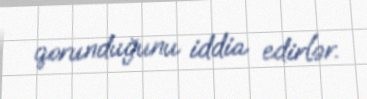
qorunduğunu iddia edirlər.